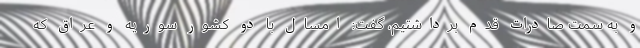
و به سمت صادرات قدم برداشتیم، گفت: امسال با دو کشور سوریه و عراق که